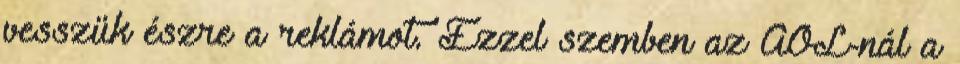
vesszük észre a reklámot. Ezzel szemben az AOL-nál a